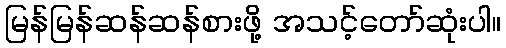
မြန်မြန်ဆန်ဆန်စားဖို့ အသင့်တော်ဆုံးပါ။